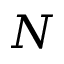
N